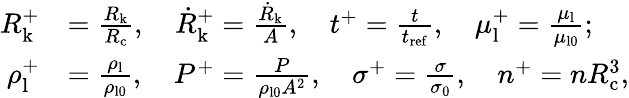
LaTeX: \begin{array}{rl}{R_{\mathrm{k}}^{+}}&{=\frac{R_{\mathrm{k}}}{R_{\mathrm{c}}},\quad\dot{R}_{\mathrm{k}}^{+}=\frac{\dot{R}_{\mathrm{k}}}{A},\quad t^{+}=\frac{t}{t_{\mathrm{ref}}},\quad\mu_{\mathrm{l}}^{+}=\frac{\mu_{\mathrm{l}}}{\mu_{\mathrm{l0}}};}\\ {\rho_{\mathrm{l}}^{+}}&{=\frac{\rho_{\mathrm{l}}}{\rho_{\mathrm{l0}}},\quad P^{+}=\frac{P}{\rho_{\mathrm{l0}}A^{2}},\quad\sigma^{+}=\frac{\sigma}{\sigma_{0}},\quad n^{+}=nR_{\mathrm{c}}^{3},}\end{array}